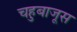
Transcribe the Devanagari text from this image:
चहुबाजूस